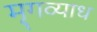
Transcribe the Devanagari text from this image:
मृगव्याध